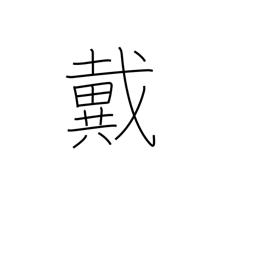
Meaning: be crowned with